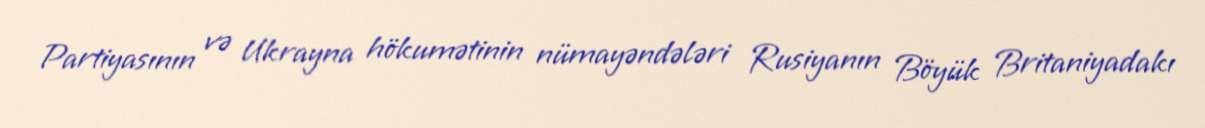
Partiyasının və Ukrayna hökumətinin nümayəndələri Rusiyanın Böyük Britaniyadakı